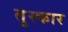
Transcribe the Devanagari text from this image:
तुस्कार